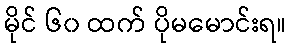
မိုင် ၆၀ ထက် ပိုမမောင်းရ။